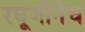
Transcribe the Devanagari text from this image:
रघूजीनेच